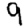
Digit: 9